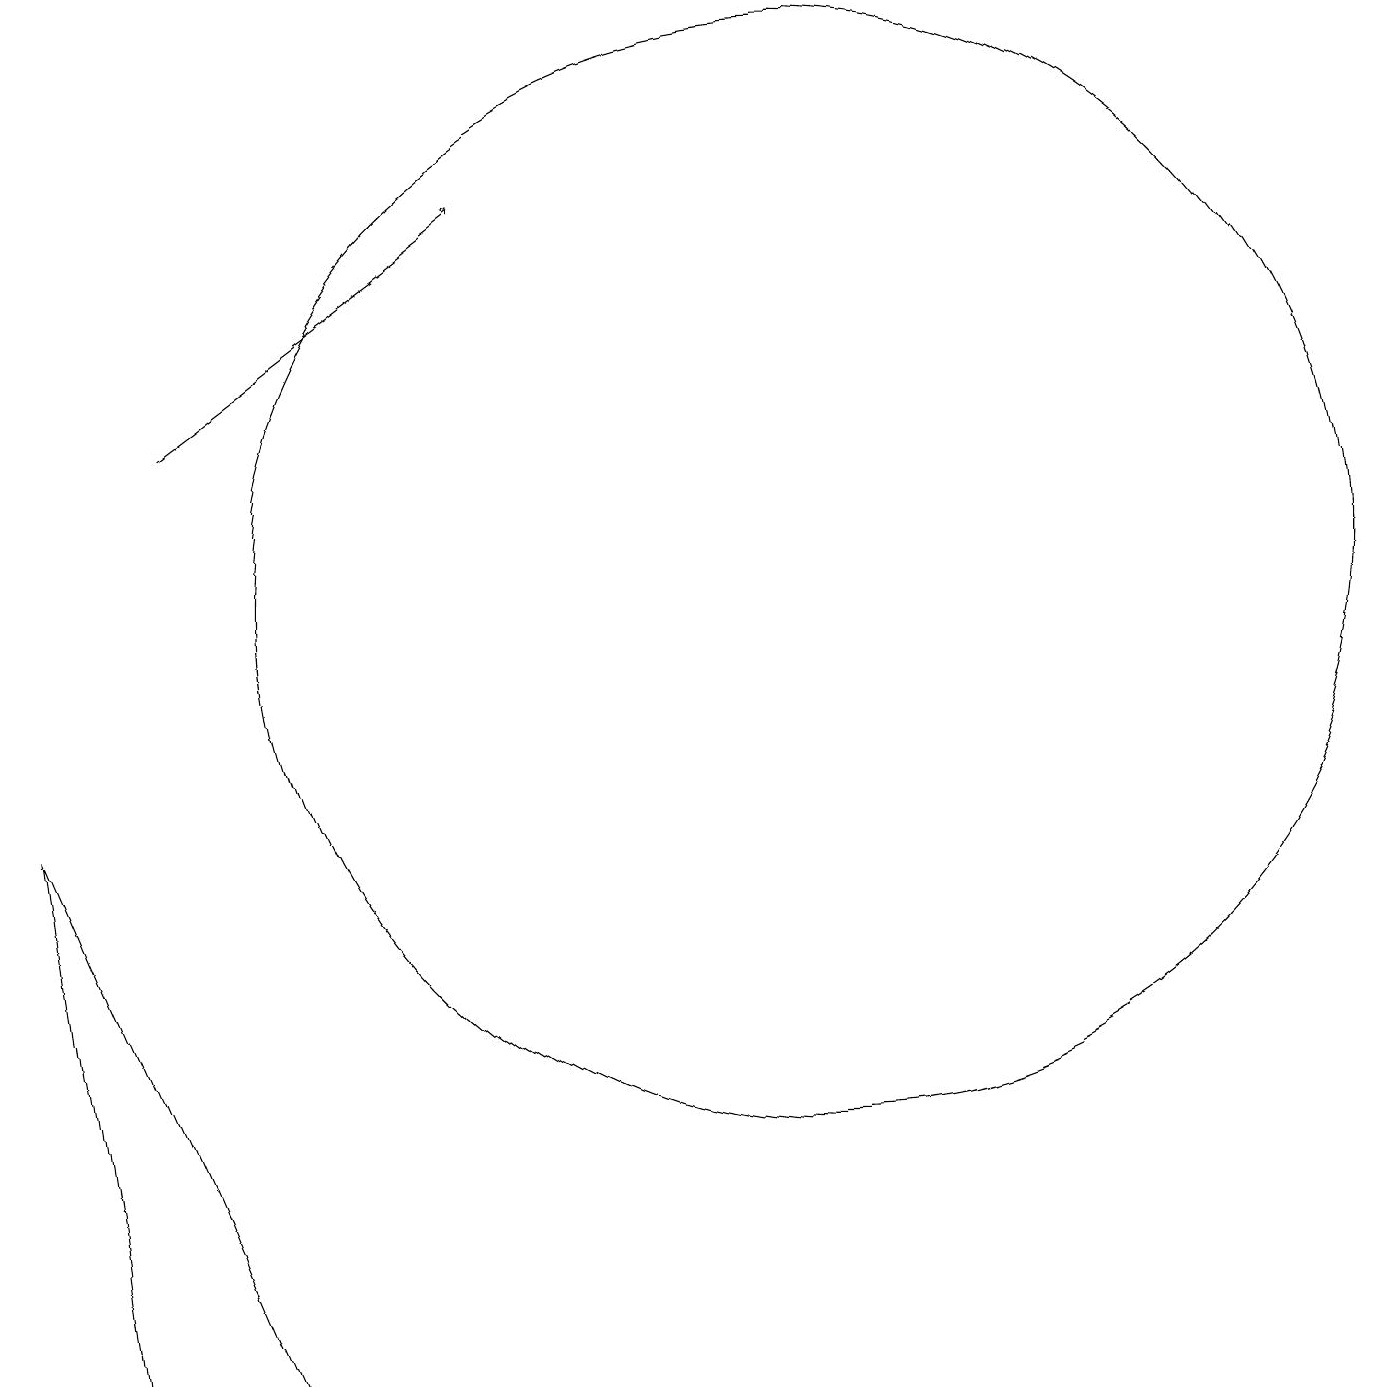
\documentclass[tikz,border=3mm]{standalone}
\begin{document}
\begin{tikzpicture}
\draw (12,12) circle (7);
\draw (2,9) -- (3,2) -- (5,2) -- cycle;
\draw[->] (4,14) -- (8,17);
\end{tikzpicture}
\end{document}